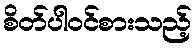
စိတ်ပါဝင်စားသည့်